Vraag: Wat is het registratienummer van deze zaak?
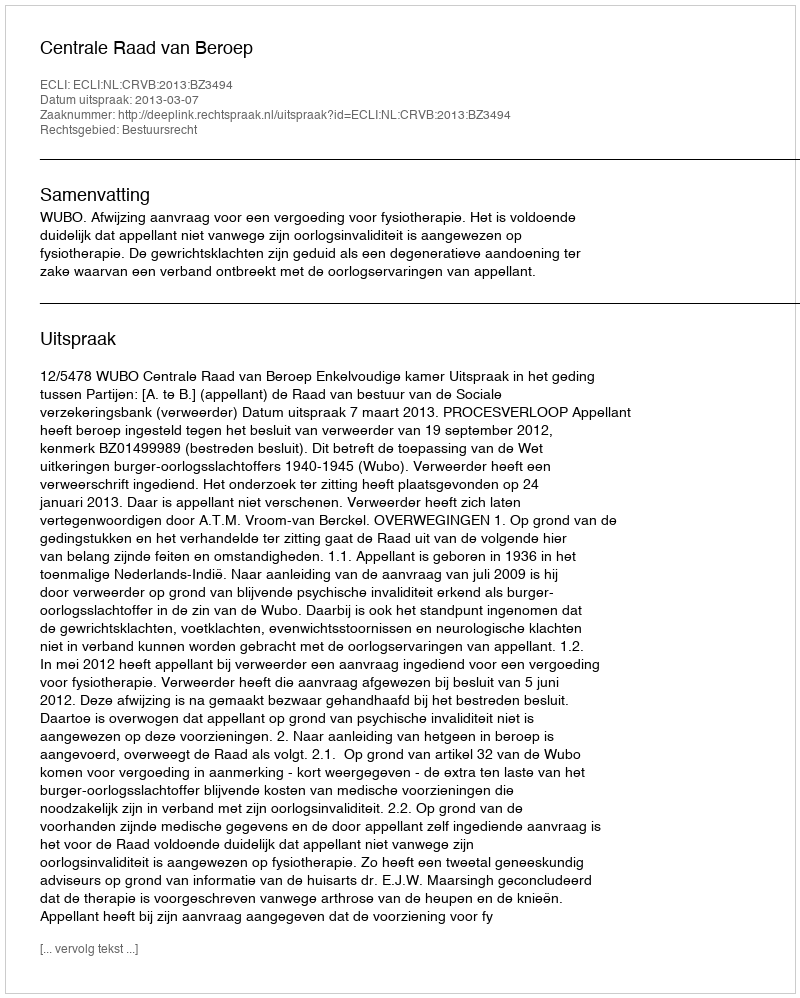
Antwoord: http://deeplink.rechtspraak.nl/uitspraak?id=ECLI:NL:CRVB:2013:BZ3494